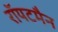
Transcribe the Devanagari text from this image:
रॉयटमैन